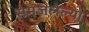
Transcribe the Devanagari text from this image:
समजलेल्या